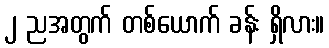
၂ ညအတွက် တစ်ယောက် ခန်း ရှိလား။